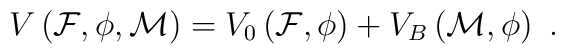
V\left({\cal F}, {\cal \phi}, {\cal M}\right)=V_0\left({\cal F},{\cal \phi}\right) + V_B\left({\cal M},{\cal \phi}\right) \ .